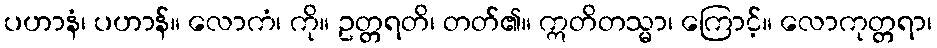
ပဟာနံ၊ ပဟာန်။ လောကံ၊ ကို။ ဥတ္တရတိ၊ တတ်၏။ ဣတိတသ္မာ၊ ကြောင့်။ လောကုတ္တရာ၊